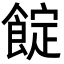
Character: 𩜦